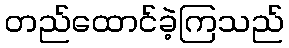
တည်ထောင်ခဲ့ကြသည်